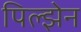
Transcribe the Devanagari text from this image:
पिल्झेन